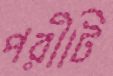
পরীটি